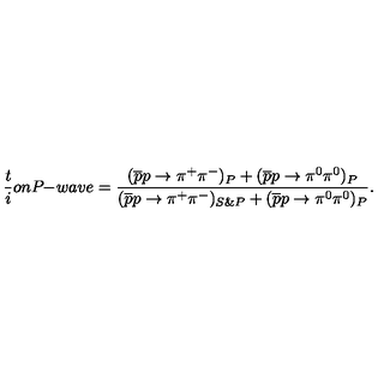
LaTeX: \frac t i o n P \! \! - \! w a v e = { \frac { ( \overline { { p } } p \rightarrow \pi ^ { + } \pi ^ { - } ) _ { P } + ( \overline { { p } } p \rightarrow \pi ^ { 0 } \pi ^ { 0 } ) _ { P } } { ( \overline { { p } } p \rightarrow \pi ^ { + } \pi ^ { - } ) _ { S \& P } + ( \overline { { p } } p \rightarrow \pi ^ { 0 } \pi ^ { 0 } ) _ { P } } } .